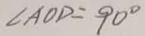
\angle A O D = 9 0 ^ { \circ }